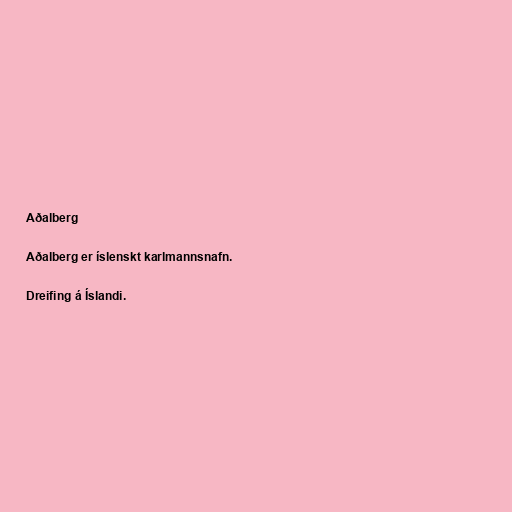
Aðalberg

Aðalberg er íslenskt karlmannsnafn.

Dreifing á Íslandi.